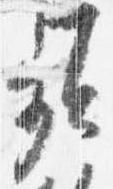
頻